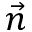
\vec { n }